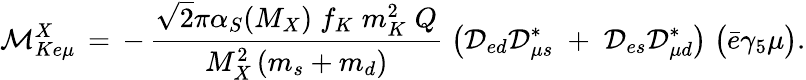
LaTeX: {\cal M}_{Ke\mu}^{X}\, =\, -\, \frac{\sqrt 2\pi\alpha_{S}(M_{X})\; f_{K}\; m_{K}^{2}\; Q}{M_{X}^{2}\, (m_{s}+m_{d})}\; \big({\cal D}_{ed}{\cal D}_{\mu s}^{*}\; +\; {\cal D}_{es}{\cal D}_{\mu d}^{*}\big)\; \big(\bar{e}\gamma_{5}\mu\big).